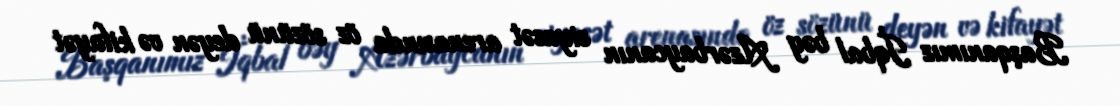
Başqanımız İqbal bəy Azərbaycanın siyasət arenasında öz sözünü deyən və kifayət